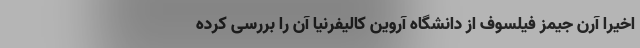
اخیراً آرن جیمزِ فیلسوف از دانشگاه آروین کالیفرنیا آن را بررسی کرده